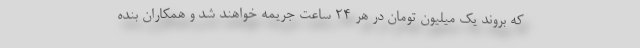
که بروند یک میلیون تومان در هر ۲۴ ساعت جریمه خواهند شد و همکاران بنده